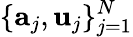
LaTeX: \{ \mathbf{a}_{j},\mathbf{u}_{j}\} _{j=1}^{N}